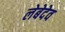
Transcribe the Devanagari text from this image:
लेबेदेव